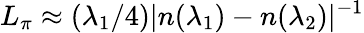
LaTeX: L_{\pi}\approx(\lambda_{1}/4)|n(\lambda_{1})-n(\lambda_{2})|^{-1}